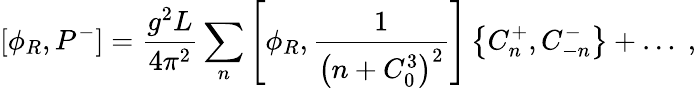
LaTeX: [\phi_{R},P^{-}]={\frac{g^{2}L}{4\pi^{2}}}\sum_{n}\left[\phi_{R},{\frac{1}{\left(n+C_{0}^{3}\right)^{2}}}\right]\left\{ C_{n}^{+},C_{-n}^{-}\right\} +\dots\; ,